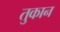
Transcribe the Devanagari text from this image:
तुकान